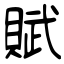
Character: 賦